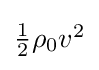
\textstyle {\frac {1}{2}}\rho _{0}v^{2}